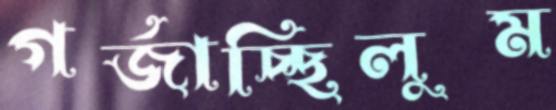
গর্জাচ্ছিলুম